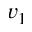
v _ { 1 }